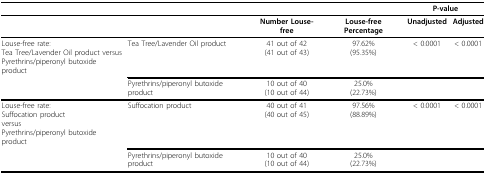
|  |  |  |  | <COLSPAN=2> P-value |
 | --- | --- | --- | --- | --- | --- |
 |  |  | Number Louse-free | Louse-free Percentage | Unadjusted | Adjusted |
 | Louse-free rate:Tea Tree/Lavender Oil product versusPyrethrins/piperonyl butoxide product | Tea Tree/Lavender Oil product | 41 out of 42(41 out of 43) | 97.62%(95.35%) | < 0.0001 | < 0.0001 |
 |  | Pyrethrins/piperonyl butoxide product | 10 out of 40(10 out of 44) | 25.0%(22.73%) |  |  |
 | Louse-free rate:Suffocation productversusPyrethrins/piperonyl butoxide product | Suffocation product | 40 out of 41(40 out of 45) | 97.56%(88.89%) | < 0.0001 | < 0.0001 |
 |  | Pyrethrins/piperonyl butoxide product | 10 out of 40(10 out of 44) | 25.0%(22.73%) |  |  |